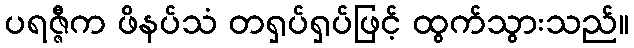
ပရဇ္ဇီက ဖိနပ်သံ တရှပ်ရှပ်ဖြင့် ထွက်သွားသည်။